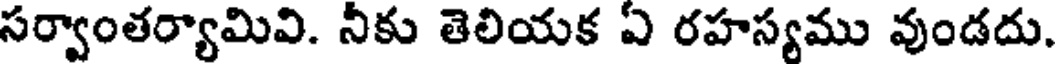
సర్వాంతర్యామివి. నీకు తెలియక ఏ రహస్యము వుండదు.